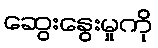
ဆွေးနွေးမှုကို